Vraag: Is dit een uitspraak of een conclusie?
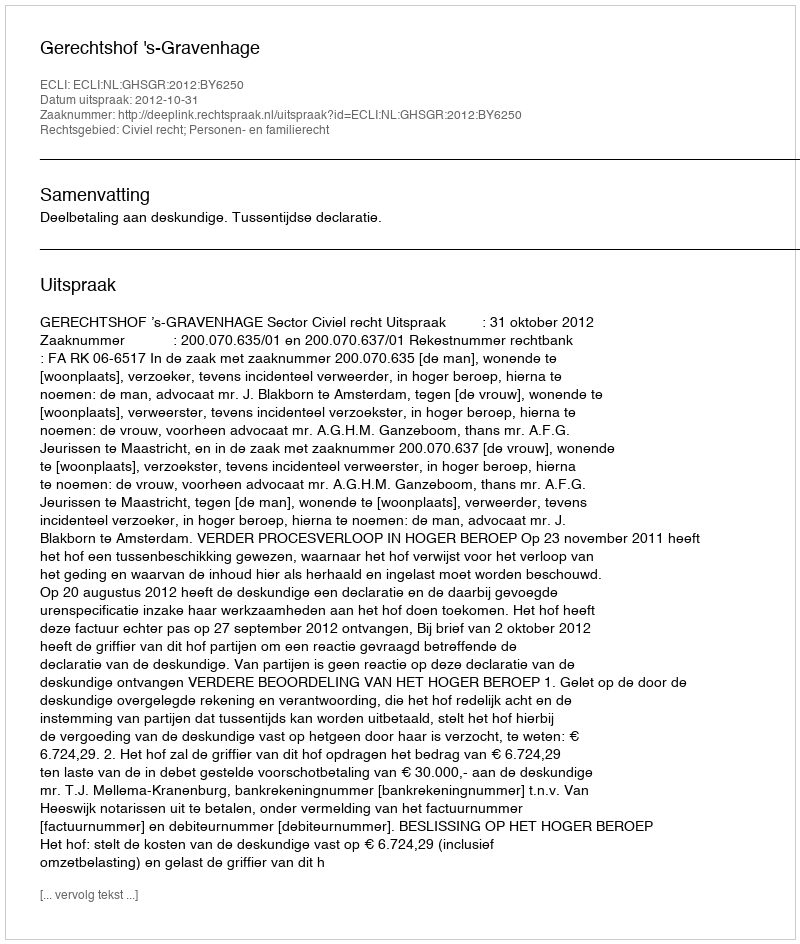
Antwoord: Uitspraak